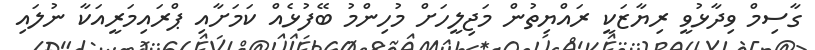
ގާސިމް ވިދާޅުވީ ރިޔާޒަކީ ރައްޔިތުން މަޖިލީހަށް މުހިންމު ބޭފުޅެއް ކަމަށާއި ޕްރައިމަރީއަކާ ނުލައި